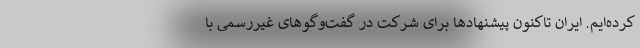
کرده‌ایم. ایران تاکنون پیشنهادها برای شرکت در گفت‌وگوهای غیررسمی با